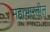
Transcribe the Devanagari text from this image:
महाभारतील